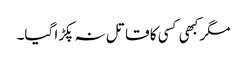
مگر کبھی کسی کا قاتل نہ پکڑا گیا۔